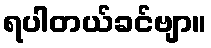
ရပါတယ်ခင်ဗျာ။